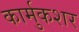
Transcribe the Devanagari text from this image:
कार्मुकशर